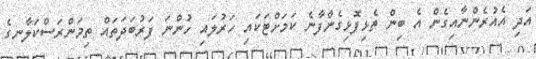
އަދި އެއުރެންނާއިގެން އެ ބިން ތެޅިފޮޅިގެންފާނެ ކަމަށްޓަކައި ހަރުލައި ހުންނަ ފަރުބަދަތައް ތިމަންރަސްކަލާނގެ